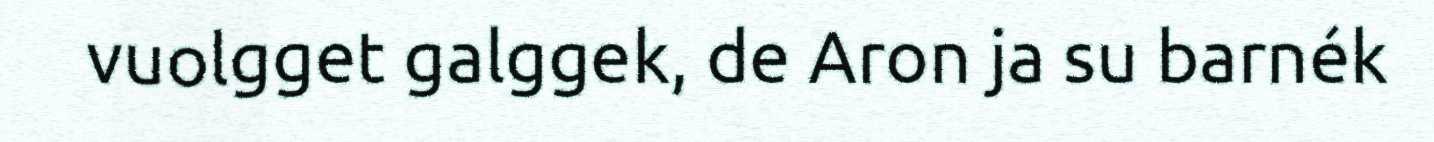
vuolgget galggek, de Aron ja su barnék